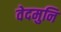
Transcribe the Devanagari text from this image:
वेदमुनि